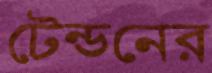
টেন্ডনের